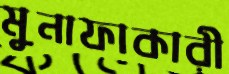
মুনাফাকারী